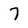
Character: 7